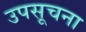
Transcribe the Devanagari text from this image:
उपसूचना